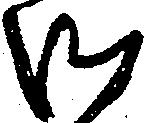
御